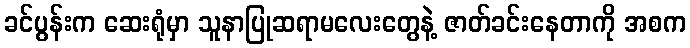
ခင်ပွန်းက ဆေးရုံမှာ သူနာပြုဆရာမလေးတွေနဲ့ ဇာတ်ခင်းနေတာကို အစက